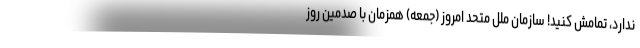
ندارد، تمامش کنید! سازمان ملل متحد امروز (جمعه) همزمان با صدمین روز